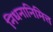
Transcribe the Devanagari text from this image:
निधनानिमित्त